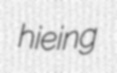
hieing